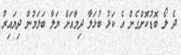
ދެ ލޯ ބޮޑުކޮށްގެން އެ ކަޅު ބުޅަލާ ދިމާއަށް ޔަލާ ބަލަމުން ދިޔައިރު